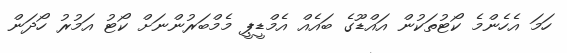
ހަމަ އެހެންމެ ކޯޓުތަކުން އައްޑޫގެ ބައެއް އެމްޑީޕީ މެމްބަރުންނަށް ކޯޓު އަމުރު ހޯދަން